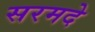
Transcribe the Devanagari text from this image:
सरमदे